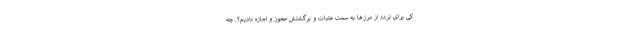
کی برای تردد از مرزها به سمت عتبات و برگشتش مجوز و اجازه دادیم؟. چه